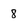
Character: 8